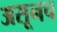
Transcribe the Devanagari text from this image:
असूनच